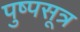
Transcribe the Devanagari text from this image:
पुष्पसूत्र